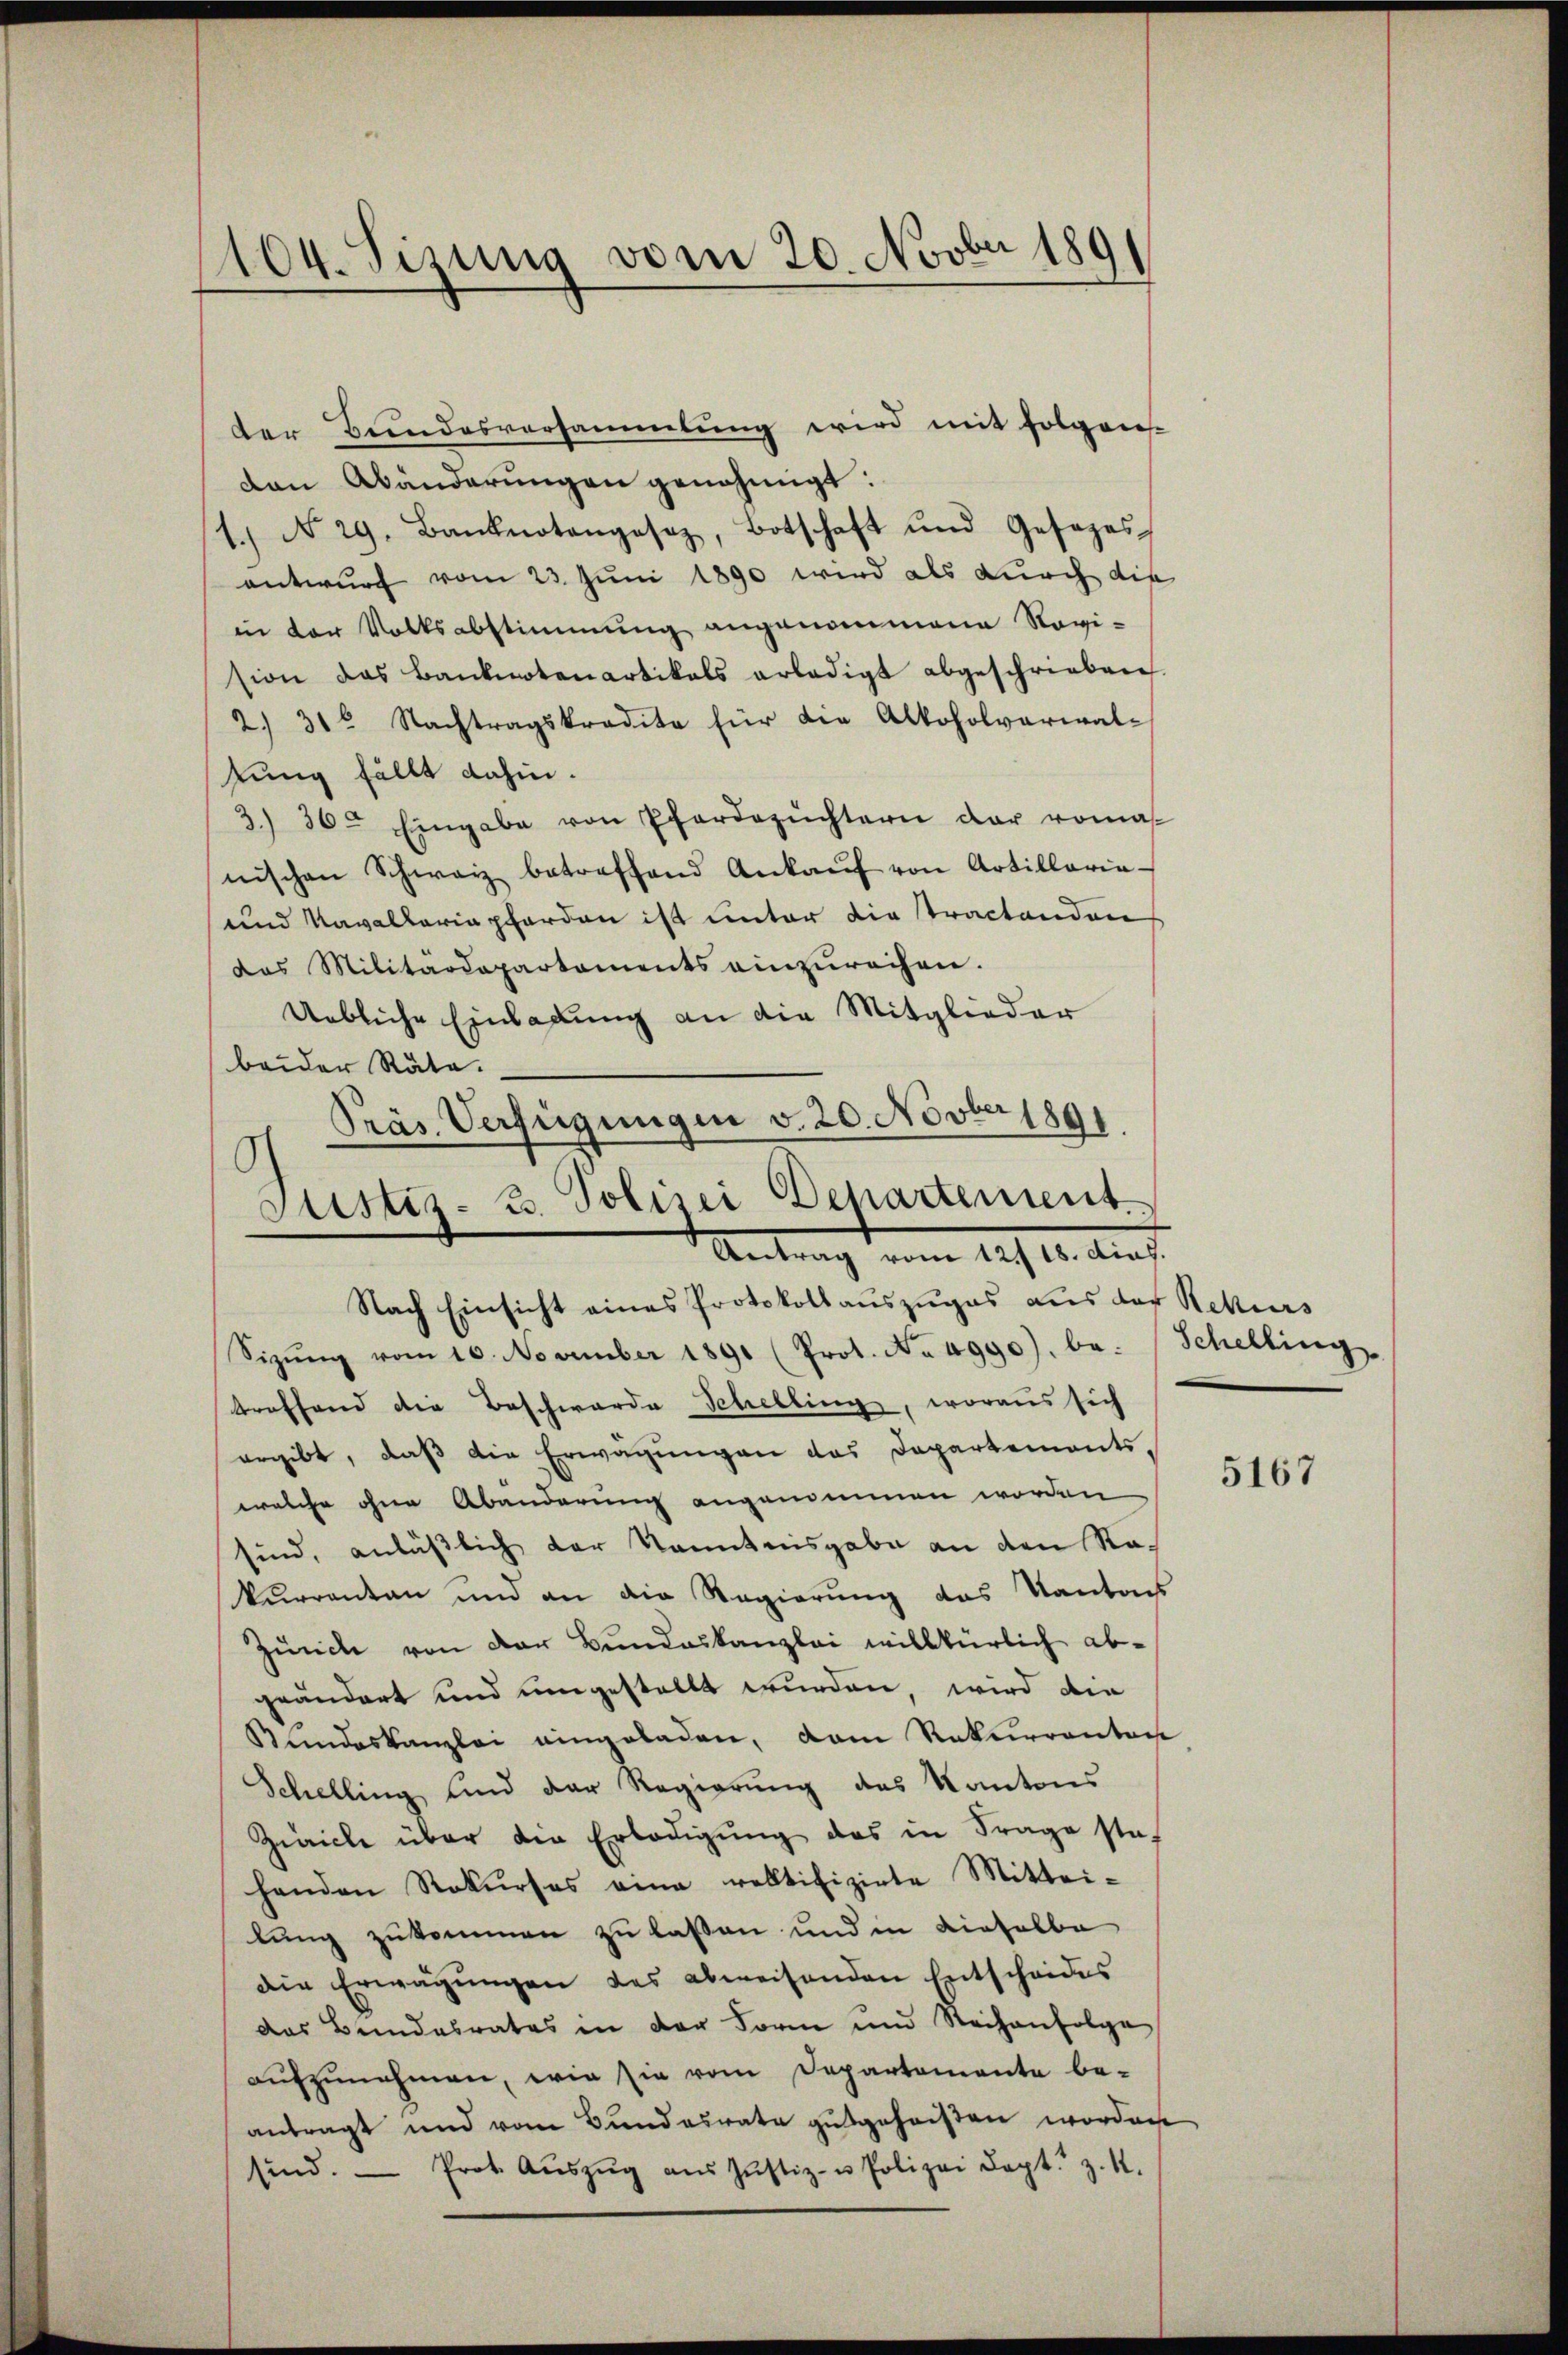
1104. Sisung vom 20. Novbr 189

der Bundesversammlung wird mit folgen-
den Abänderungen genehmigt:
1.) No 29. Banknotengesez, Botschaft und Gesezes-
antwurf vom 23. Juni 1890 wird als durch die
in der Volksabstimmung angenommene Novi-
sion das Banknotenartikals erledigt abgeschrieben.
2. 31 Nachtragskredite für die Alkoholverwal-
lung fällt dahin.
3) 36. Eingabe von Pferdezüchtern der romas
nischen Schwarz betreffend Ankaŭf von Artillaria-
und Kavallariapferden ist unter die tractanden
das Militärdepartaments einzureihen.
Uebliche Einladung an die Mitglieder
beider Räte.
Präs. Verfügungen v. 20. Novber 1891
6

Justiz- u. Polizei Departement.
Antrag vom 12. 18. dies.
Nach Einsicht eines Protokollauszuges aus der Rekurs

Sizŭng vom 10. November 1891 (Prot. No. 4990), be- Schelling
treffend die Beschwarde Schelling, woraus sich
ergibt, daß die Erwägungen das Departements-
welche ohne Abänderung angenommen worden
sind, anläßlich der Kenntnisgabe an den Rakurrenten und an die Regierung das Kantons
Zürich von der Bundeskanzlei willkürlich abgeändert und umgestellt wurden, wird die
Stundeskanzlei eingeladen, dem Rekurrenton
Schelling und der Regierung des Kantons
Zivicle über die Erledigŭng des in Frage ste-
henden Rekŭrses eine rektifizirte Mittei-
lung zukommen zu lassen und in dieselbe
die Erwägungen des abweisenden Entscheides
das Bundesrates in der Form und Steihenfolge
aufzunehmen, wie sie vom Departemente be-
antragt und vom Bundesrate gutgeheißen worden
sind. Prot. Aŭszŭg aŭs Jŭstiz- u Polizei Capt. Z. 4.

5167